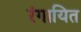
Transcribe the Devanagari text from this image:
रंगायित